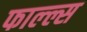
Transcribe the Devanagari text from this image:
फाल्ल्स